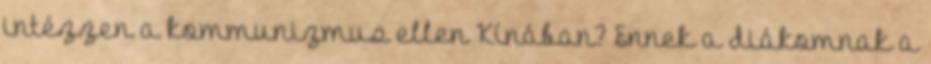
intézzen a kommunizmus ellen Kínában? Ennek a diákomnak a